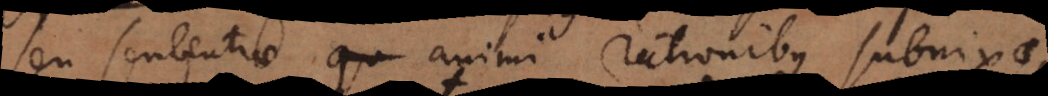
seu sententiae animi rationibus subnixae,